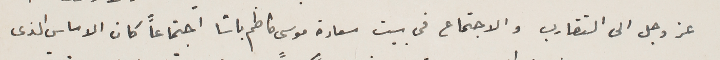
عز وجل الى التقارب والاجتماع فى بيت سعادة موسى كاظم باشا اجتماعاً كان الاساس الذى